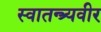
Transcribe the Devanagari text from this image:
स्वातन्त्र्यवीर